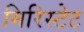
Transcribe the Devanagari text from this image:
मिरिस्टेट